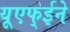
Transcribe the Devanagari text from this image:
यूएफ्ईने